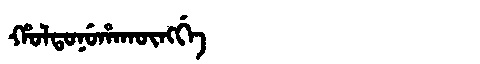
Manchu: ᡥᠣᠯᡨᠣᠨᡠᡥᠠᡴᡡᠩᡤᡝ
Romanization: HOLTONUHAKŪNGGE